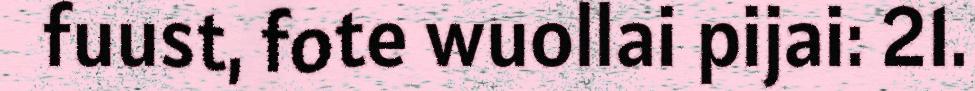
fuust, fote wuollai pijai: 21.